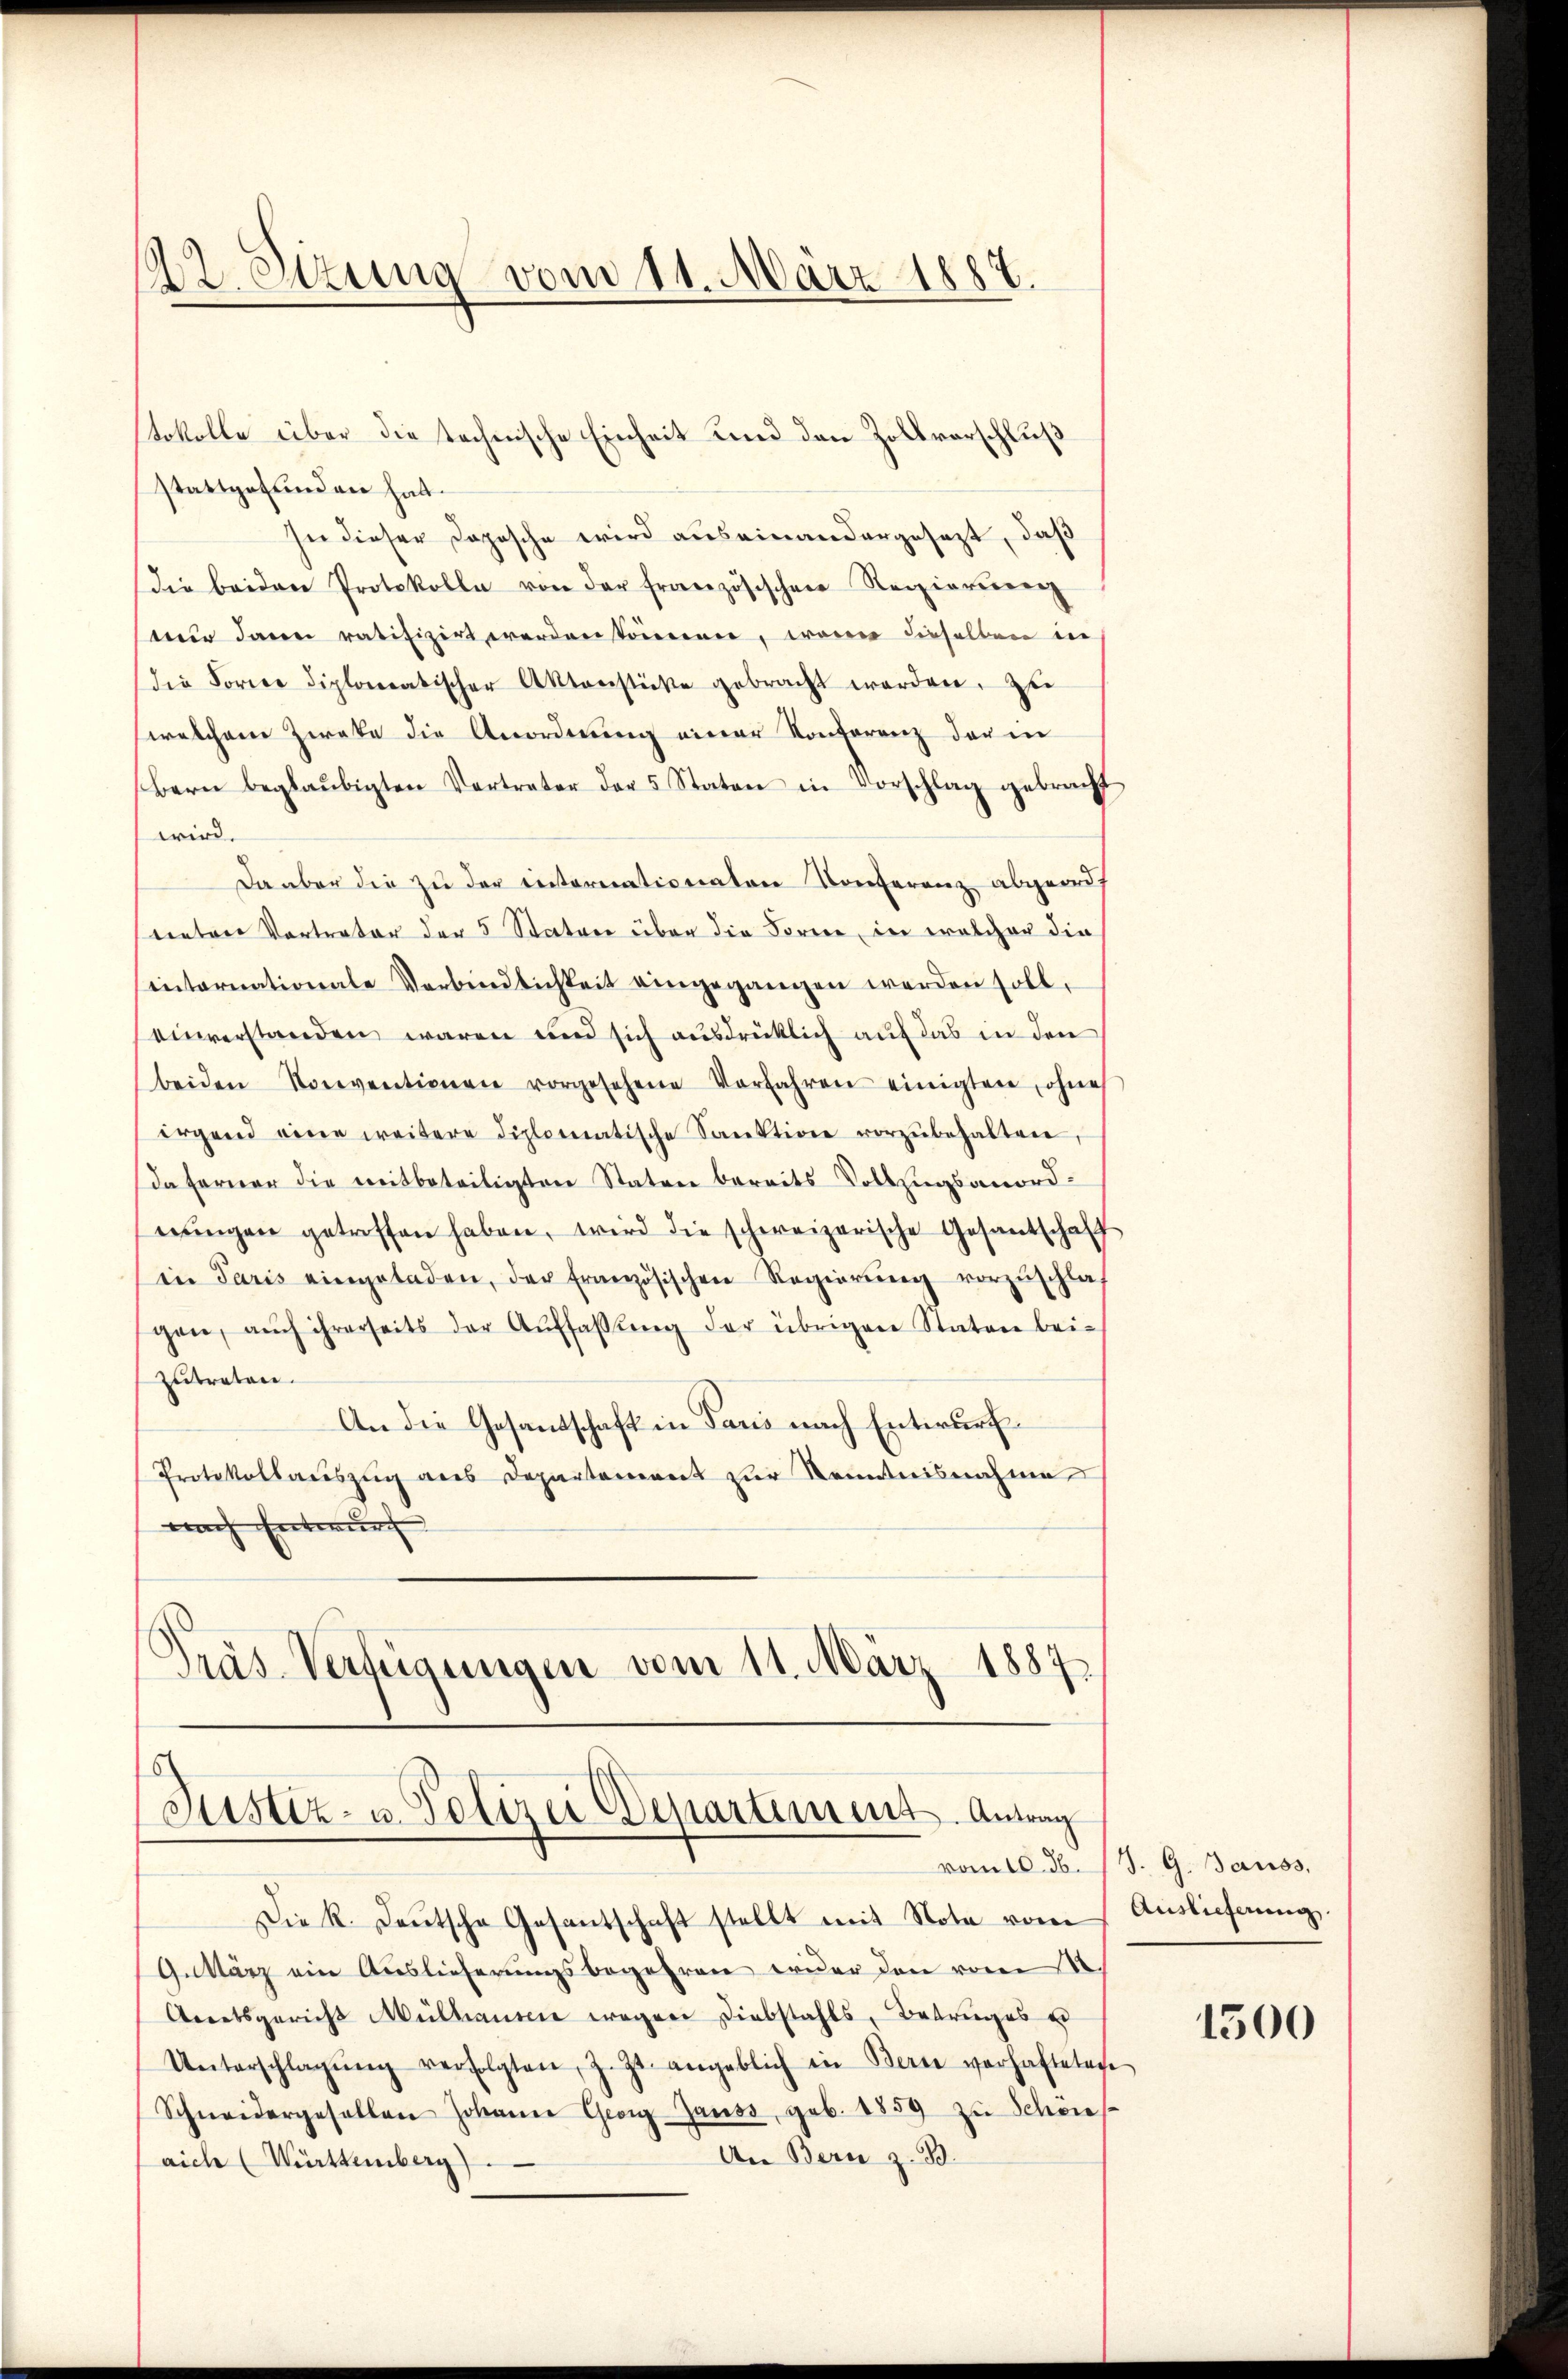
122. Sitzung vom 11. März 1887.

stattgefunden hat.
sie dieser Dopische wird auseinandergesezt, daß
Die beiden Protokolle von der Französischen Regierung
nur dann ratifizirt werden können, waren dieselben in
die Forne diplomatischer Aktenstücke gebracht werden. Zu
(welchem Zweke die Anordnŭng einer Konferenz der in
Bern beglaŭbigten Vertreter der 5 Staten in Vorschlag gebracht
wird.
Da aber die zu der internationaten Konferenz abgeruf
unten Vortrater der 5 Statuer über die Forme, in welcher die
internationale Verbindlichkeit eingegangen werden soll,
einverstanden waren und sich ausdrücklich auf das in den
beiden Konventionen vorgesehene Vorfahren einigten, ohne
irgend eine weitere diplomatische Sanktion vorzŭbehalten,
da ferner die mitbeteiligten Staten bereits Vollzugsanord-
nŭngen getroffen haben, wird die schweizerische Gesantschaff
in Paris eingeladen, der französischen Regierŭng vorzŭschlaf
gen, aŭch ihrerseits der Aŭffaßung der übrigen Staten bei-
zutreten.
An die Gesandschaft in Paris nach Entwurf
Protokollauszug aus Departement zur Kenntnisnahme
nach Entwurf
Präs. Verfügungen vom 11. März 1887.

tokolle über die technische Einheit und den Zollvorschluß

Justiz- u. Polizei Departement. Antrag

Die k. Deutsche Gesantschaft stellt mit Note vom Auslieferung,
G.März ein Auslieferungsbegehren wider den vom 1
Anetsgericht Mülhausen wegen Diebstahls, Betruges u
Unterschlagŭng verfolgten, z. Zt. angeblich in Bern verhafteten
Schneidergesellen Johanne Georg Gauss, geb. 1859 zu Schön
An Bern z. B.
aich (Württemberg)

vom 10. d. J. G. Gauss,

1500